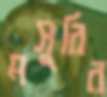
মসুরির